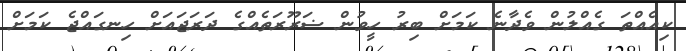
ކިއެއްތަ ގެއްލުން ވެދާނެ ކަމަށް ބިރު ހީވުން ޟަރޫރަތެއްގެ ދަރަޖައަށް ހިނގައްޖެ ކަމަށް